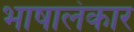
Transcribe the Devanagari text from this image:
भाषालंकार